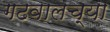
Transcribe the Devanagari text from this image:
गढवालच्या